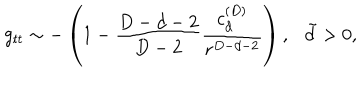
g _ { t t } \sim - \left( 1 - { \frac { D - d - 2 } { D - 2 } } { \frac { c _ { d } ^ { ( D ) } } { r ^ { D - d - 2 } } } \right) , \ \ \ \tilde { d } > 0 ,